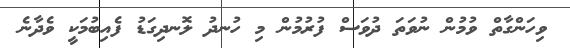
ވިހަންގާތް ވުމުން ނުވަތަ ދުވަސް ފުރުމުން މި ހުނދު ލޮނދިގަޑު ފެއިބުމަކީ ވެދާނެ